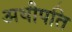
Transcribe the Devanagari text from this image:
अधीपति